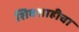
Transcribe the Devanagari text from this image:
शिवशाहीचा